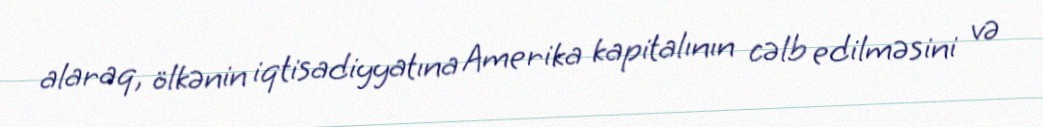
alaraq, ölkənin iqtisadiyyatına Amerika kapitalının cəlb edilməsini və